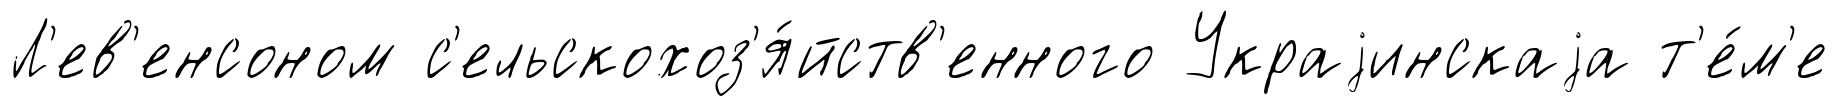
Л'ев'енсоном с'ельскохоз'я́йств'енного Украjинскаjа т'е́м'е